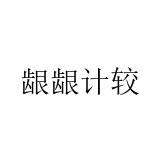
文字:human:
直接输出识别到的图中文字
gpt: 龈龈计较